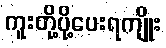
ကူးတို့ပို့ပေးရကျိုး